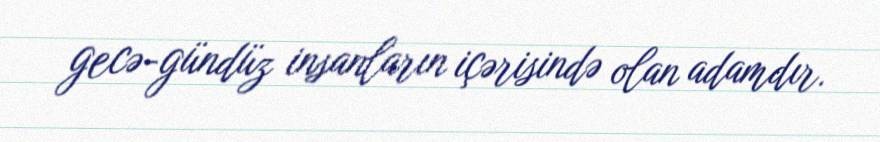
gecə-gündüz insanların içərisində olan adamdır.